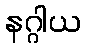
နဂ္ဂါယ